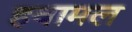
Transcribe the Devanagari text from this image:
हवामल